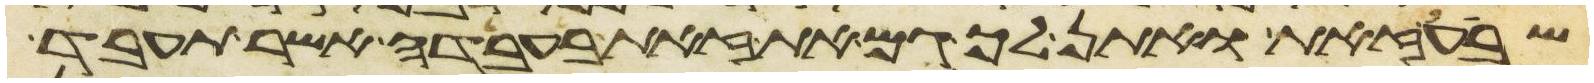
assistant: שבע זאת ואתן לך גם את זאת בעבדה אשר תעבד